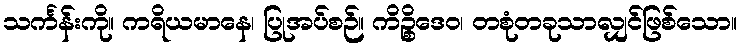
သင်္ကန်းကို။ ကရိယမာနေ၊ ပြုအပ်စဉ်။ ကိဉ္စိဒေဝ၊ တစုံတခုသာလျှင်ဖြစ်သော။